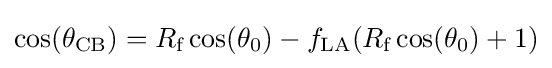
\cos(\theta _{\text{CB}})=R_{\text{f}}\cos(\theta _{0})-f_{\text{LA}}(R_{\text{f}}\cos(\theta _{0})+1)